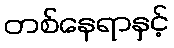
တစ်နေရာနှင့်